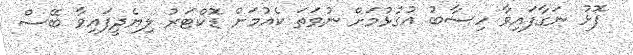
ފޮޅު ނަގާފައިވާ ހިސާބު އުގުޅުމަށް ނުވަތަ ކެއުމަށް ޑޮކްޓަރު ލިޔެދީފައިވާ ބޭސް